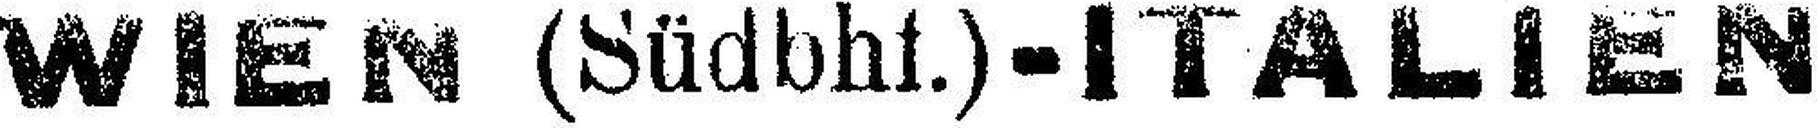
WIEN (Südbhf.)-ITALIEN